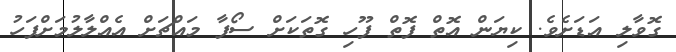
ގޮވާލި އަޑަށެވެ. ކިޔަން އޮތް ފޮތް ފޫހި ގޮތަކަށް ސޯފާ މައްޗަށް އެއްލާލުމަށްފަހު